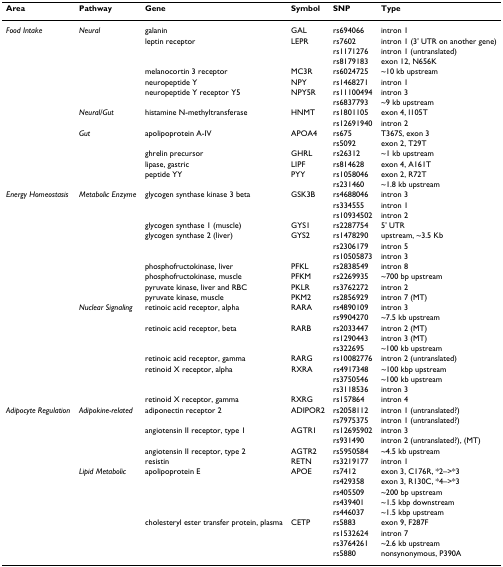
<table><thead><tr><td><b>Area</b></td><td><b>Pathway</b></td><td><b>Gene</b></td><td><b>Symbol</b></td><td><b>SNP</b></td><td><b>Type</b></td></tr></thead><tbody><tr><td><i>Food Intake</i></td><td><i>Neural</i></td><td>galanin</td><td>GAL</td><td>rs694066</td><td>intron 1</td></tr><tr><td></td><td></td><td>leptin receptor</td><td>LEPR</td><td>rs7602</td><td>intron 1 (3&#x27; UTR on another gene)</td></tr><tr><td></td><td></td><td></td><td></td><td>rs1171276</td><td>intron 1 (untranslated)</td></tr><tr><td></td><td></td><td></td><td></td><td>rs8179183</td><td>exon 12, N656K</td></tr><tr><td></td><td></td><td>melanocortin 3 receptor</td><td>MC3R</td><td>rs6024725</td><td>~10 kb upstream</td></tr><tr><td></td><td></td><td>neuropeptide Y</td><td>NPY</td><td>rs1468271</td><td>intron 1</td></tr><tr><td></td><td></td><td>neuropeptide Y receptor Y5</td><td>NPY5R</td><td>rs11100494</td><td>intron 3</td></tr><tr><td></td><td></td><td></td><td></td><td>rs6837793</td><td>~9 kb upstream</td></tr><tr><td></td><td><i>Neural/Gut</i></td><td>histamine N-methyltransferase</td><td>HNMT</td><td>rs1801105</td><td>exon 4, I105T</td></tr><tr><td></td><td></td><td></td><td></td><td>rs12691940</td><td>intron 2</td></tr><tr><td></td><td><i>Gut</i></td><td>apolipoprotein A-IV</td><td>APOA4</td><td>rs675</td><td>T367S, exon 3</td></tr><tr><td></td><td></td><td></td><td></td><td>rs5092</td><td>exon 2, T29T</td></tr><tr><td></td><td></td><td>ghrelin precursor</td><td>GHRL</td><td>rs26312</td><td>~1 kb upstream</td></tr><tr><td></td><td></td><td>lipase, gastric</td><td>LIPF</td><td>rs814628</td><td>exon 4, A161T</td></tr><tr><td></td><td></td><td>peptide YY</td><td>PYY</td><td>rs1058046</td><td>exon 2, R72T</td></tr><tr><td></td><td></td><td></td><td></td><td>rs231460</td><td>~1.8 kb upstream</td></tr><tr><td><i>Energy Homeostasis</i></td><td><i>Metabolic Enzyme</i></td><td>glycogen synthase kinase 3 beta</td><td>GSK3B</td><td>rs4688046</td><td>intron 3</td></tr><tr><td></td><td></td><td></td><td></td><td>rs334555</td><td>intron 1</td></tr><tr><td></td><td></td><td></td><td></td><td>rs10934502</td><td>intron 2</td></tr><tr><td></td><td></td><td>glycogen synthase 1 (muscle)</td><td>GYS1</td><td>rs2287754</td><td>5&#x27; UTR</td></tr><tr><td></td><td></td><td>glycogen synthase 2 (liver)</td><td>GYS2</td><td>rs1478290</td><td>upstream, ~3.5 Kb</td></tr><tr><td></td><td></td><td></td><td></td><td>rs2306179</td><td>intron 5</td></tr><tr><td></td><td></td><td></td><td></td><td>rs10505873</td><td>intron 3</td></tr><tr><td></td><td></td><td>phosphofructokinase, liver</td><td>PFKL</td><td>rs2838549</td><td>intron 8</td></tr><tr><td></td><td></td><td>phosphofructokinase, muscle</td><td>PFKM</td><td>rs2269935</td><td>~700 bp upstream</td></tr><tr><td></td><td></td><td>pyruvate kinase, liver and RBC</td><td>PKLR</td><td>rs3762272</td><td>intron 2</td></tr><tr><td></td><td></td><td>pyruvate kinase, muscle</td><td>PKM2</td><td>rs2856929</td><td>intron 7 (MT)</td></tr><tr><td></td><td><i>Nuclear Signaling</i></td><td>retinoic acid receptor, alpha</td><td>RARA</td><td>rs4890109</td><td>intron 3</td></tr><tr><td></td><td></td><td></td><td></td><td>rs9904270</td><td>~7.5 kb upstream</td></tr><tr><td></td><td></td><td>retinoic acid receptor, beta</td><td>RARB</td><td>rs2033447</td><td>intron 2 (MT)</td></tr><tr><td></td><td></td><td></td><td></td><td>rs1290443</td><td>intron 3 (MT)</td></tr><tr><td></td><td></td><td></td><td></td><td>rs322695</td><td>~100 kb upstream</td></tr><tr><td></td><td></td><td>retinoic acid receptor, gamma</td><td>RARG</td><td>rs10082776</td><td>intron 2 (untranslated)</td></tr><tr><td></td><td></td><td>retinoid X receptor, alpha</td><td>RXRA</td><td>rs4917348</td><td>~100 kbp upstream</td></tr><tr><td></td><td></td><td></td><td></td><td>rs3750546</td><td>~100 kb upstream</td></tr><tr><td></td><td></td><td></td><td></td><td>rs3118536</td><td>intron 3</td></tr><tr><td></td><td></td><td>retinoid X receptor, gamma</td><td>RXRG</td><td>rs157864</td><td>intron 4</td></tr><tr><td><i>Adipocyte Regulation</i></td><td><i>Adipokine-related</i></td><td>adiponectin receptor 2</td><td>ADIPOR2</td><td>rs2058112</td><td>intron 1 (untranslated?)</td></tr><tr><td></td><td></td><td></td><td></td><td>rs7975375</td><td>intron 1 (untranslated?)</td></tr><tr><td></td><td></td><td>angiotensin II receptor, type 1</td><td>AGTR1</td><td>rs12695902</td><td>intron 3</td></tr><tr><td></td><td></td><td></td><td></td><td>rs931490</td><td>intron 2 (untranslated?), (MT)</td></tr><tr><td></td><td></td><td>angiotensin II receptor, type 2</td><td>AGTR2</td><td>rs5950584</td><td>~4.5 kb upstream</td></tr><tr><td></td><td></td><td>resistin</td><td>RETN</td><td>rs3219177</td><td>intron 1</td></tr><tr><td></td><td><i>Lipid Metabolic</i></td><td>apolipoprotein E</td><td>APOE</td><td>rs7412</td><td>exon 3, C176R, *2–&gt;*3</td></tr><tr><td></td><td></td><td></td><td></td><td>rs429358</td><td>exon 3, R130C, *4–&gt;*3</td></tr><tr><td></td><td></td><td></td><td></td><td>rs405509</td><td>~200 bp upstream</td></tr><tr><td></td><td></td><td></td><td></td><td>rs439401</td><td>~1.5 kbp downstream</td></tr><tr><td></td><td></td><td></td><td></td><td>rs446037</td><td>~1.5 kbp upstream</td></tr><tr><td></td><td></td><td>cholesteryl ester transfer protein, plasma</td><td>CETP</td><td>rs5883</td><td>exon 9, F287F</td></tr><tr><td></td><td></td><td></td><td></td><td>rs1532624</td><td>intron 7</td></tr><tr><td></td><td></td><td></td><td></td><td>rs3764261</td><td>~2.6 kb upstream</td></tr><tr><td></td><td></td><td></td><td></td><td>rs5880</td><td>nonsynonymous, P390A</td></tr></tbody></table>